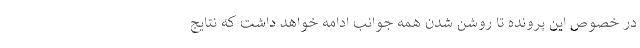
در خصوص این پرونده تا روشن شدن همه جوانب ادامه خواهد داشت که نتایج